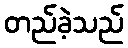
တည်ခဲ့သည်